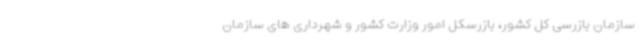
سازمان بازرسی کل کشور، بازرسکل امور وزارت کشور و شهرداری های سازمان